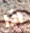
اذا